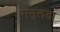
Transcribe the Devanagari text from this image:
मनुलता